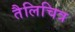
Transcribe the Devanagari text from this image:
तैलिचित्र